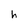
Character: h